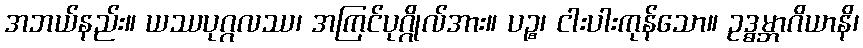
အဘယ်နည်း။ ယဿပုဂ္ဂလဿ၊ အကြင်ပုဂ္ဂိုလ်အား။ ပဉ္စ၊ ငါးပါးကုန်သော။ ဥဒ္ဓမ္ဘာဂိယာနိ၊